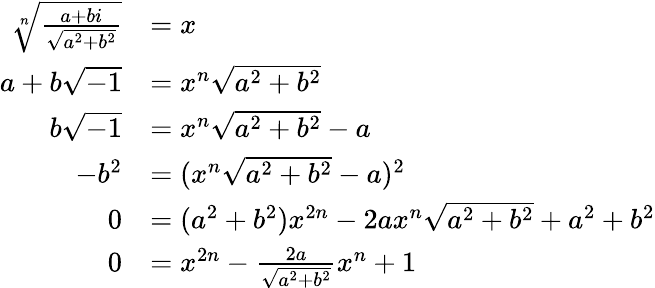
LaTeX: \begin{array}{rl}{\sqrt[n]{\frac{a+bi}{\sqrt{a^{2}+b^{2}}}}}&{=x}\\ {a+b\sqrt{-1}}&{=x^{n}\sqrt{a^{2}+b^{2}}}\\ {b\sqrt{-1}}&{=x^{n}\sqrt{a^{2}+b^{2}}-a}\\ {-b^{2}}&{=(x^{n}\sqrt{a^{2}+b^{2}}-a)^{2}}\\ {0}&{=(a^{2}+b^{2})x^{2n}-2ax^{n}\sqrt{a^{2}+b^{2}}+a^{2}+b^{2}}\\ {0}&{=x^{2n}-\frac{2a}{\sqrt{a^{2}+b^{2}}}x^{n}+1}\end{array}